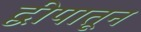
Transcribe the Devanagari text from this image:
द्वीपातून